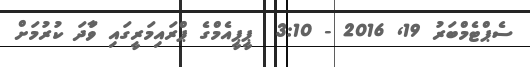
ސެޕްޓެމްބަރު 19